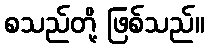
စသည်တို့ ဖြစ်သည်။